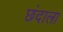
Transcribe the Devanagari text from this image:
छंदाला